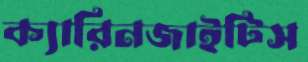
ক্যারিনজাইটিস